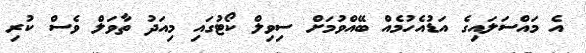
އެ މައްސަލައިގެ އަޑުއެހުމެއް ބޭއްވުމަށް ސިވިލް ކޯޓުގައި މިއަދު ތާވަލް ވެސް ކުރި